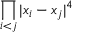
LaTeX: \displaystyle { \prod _ { i < j } | x _ { i } - x _ { j } | ^ { 4 } }